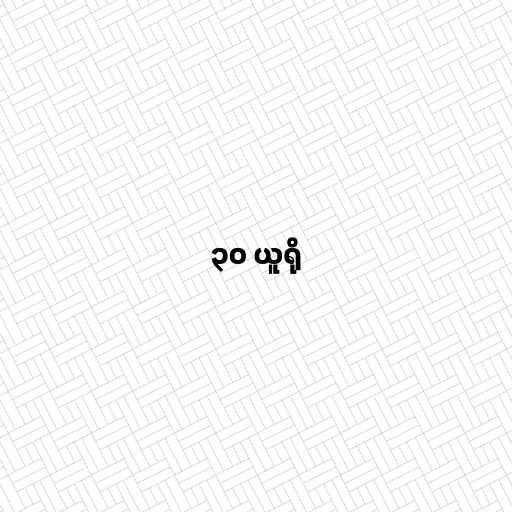
၃၀ ယူရို